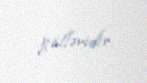
gölləridir.